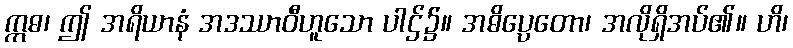
ဣဓ၊ ဤ အရိယာနံ အဒဿာဝီဟူသော ပါဌ်၌။ အဓိပ္ပေတော၊ အလိုရှိအပ်၏။ ဟိ၊